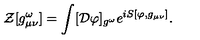
{ \mathcal Z } [ g _ { \mu \nu } ^ { \omega } ] = \int [ { \mathcal D } \varphi ] _ { g ^ { \omega } } e ^ { i S [ \varphi , g _ { \mu \nu } ] } .